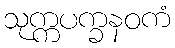
သုက္ကပက္ခနဝကံ